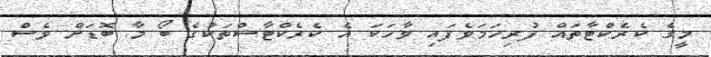
މީގެ ކެރެކްޓާތައް ފުރިހަމަވެފައި ވާހަކަ އެ ކެރެކްޓާސްތަކުގެ ބޯ މާ ބޮޑަށް ވެސް